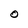
Character: O